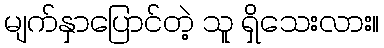
မျက်နှာပြောင်တဲ့ သူ ရှိသေးလား။